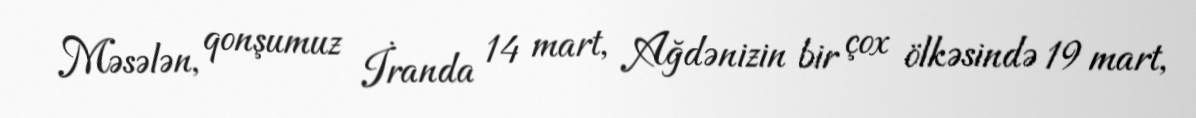
Məsələn, qonşumuz İranda 14 mart, Ağdənizin bir çox ölkəsində 19 mart,